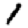
Digit: 1